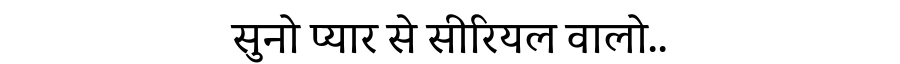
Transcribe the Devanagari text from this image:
सुनो प्यार से सीरियल वालो..